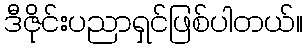
ဒီဇိုင်းပညာရှင်ဖြစ်ပါတယ်။